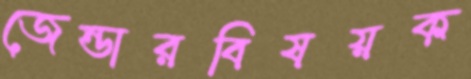
জেন্ডারবিষয়ক